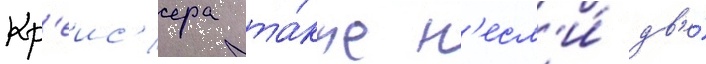
Кр'еис'ера та́кже н'есл'и́ дв'е́